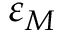
\varepsilon _ { M }